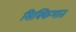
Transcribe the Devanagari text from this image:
सिक्किमात